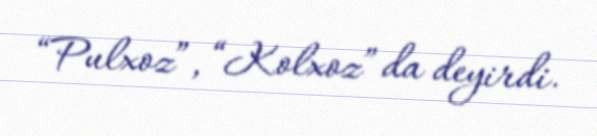
“Pulxoz”, “Kolxoz” da deyirdi.